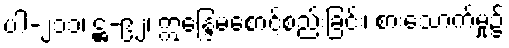
ပါ-၂၁၁၊ ဋ္ဌ-၉၂၊ ဣန္ဒြေမစောင့်စည်းခြင်း၊ စားသောက်မှု၌